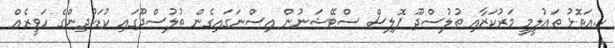
ކ.އަތޮޅު ތަޢުލީމީ މަރުކަޒާއި ތުލުސްދޫ ޕޮލިސް ސްޓޭޝަނުން އިސްނަގައިގެން ތުލުސްދޫގައި ކުޑަކުދިންގެ ހަވީރެއް